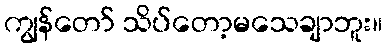
ကျွန်တော် သိပ်တော့မသေချာဘူး။